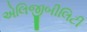
એલિજીબીલિટી